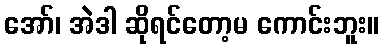
အော်၊ အဲဒါ ဆိုရင်တော့မ ကောင်းဘူး။